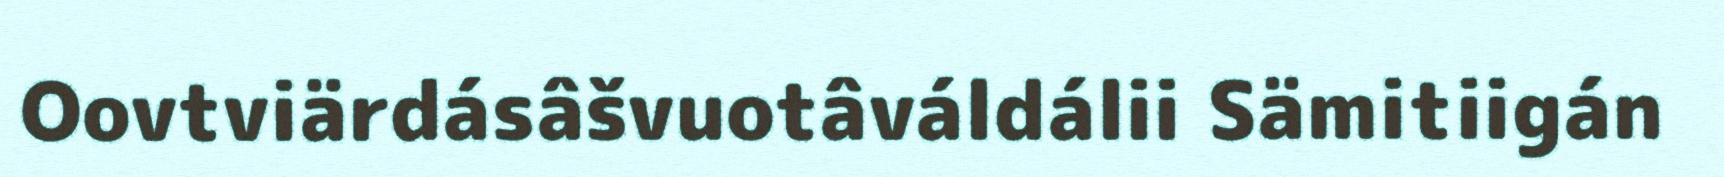
Oovtviärdásâšvuotâváldálii Sämitiigán